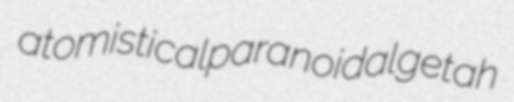
atomistical paranoidal getah